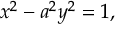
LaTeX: x ^ { 2 } - a ^ { 2 } y ^ { 2 } = 1 ,